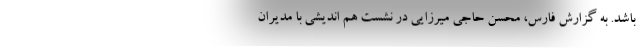
باشد. به گزارش فارس، محسن حاجی میرزایی در نشست هم اندیشی با مدیران